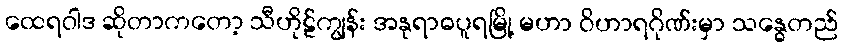
ထေရဝါဒ ဆိုတာကတော့ သီဟိုဠ်ကျွန်း အနုရာဓပူရမြို့ မဟာ ဝိဟာရဂိုဏ်းမှာ သန္ဓေတည်